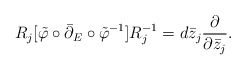
\begin{align*}R_j[\tilde\varphi\circ\bar\partial_E\circ\tilde\varphi^{-1}]R_j^{-1} = d\bar z_j \frac{\partial}{\partial\bar z_j}.\end{align*}